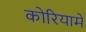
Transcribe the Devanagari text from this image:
कोरियामें